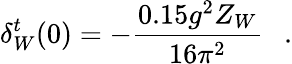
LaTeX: \delta_{W}^{t}(0)=-{\frac{0.15g^{2}Z_{W}}{16\pi^{2}}}~~~.